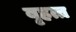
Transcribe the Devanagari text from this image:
बृहत्त